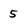
Character: 5